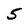
Character: 5